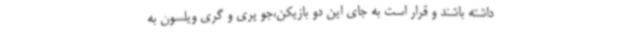
داشته باشند و قرار است به جای این دو بازیکن،جو پری و گری ویلسون به